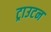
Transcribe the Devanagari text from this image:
ट्राउटन